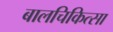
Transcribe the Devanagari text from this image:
बालचिकित्सा